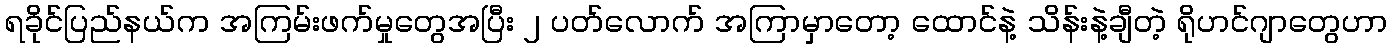
ရခိုင်ပြည်နယ်က အကြမ်းဖက်မှုတွေအပြီး ၂ ပတ်လောက် အကြာမှာတော့ ထောင်နဲ့ သိန်းနဲ့ချီတဲ့ ရိုဟင်ဂျာတွေဟာ